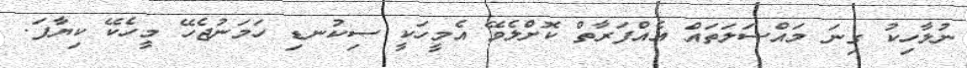
ނުލާހިކު ގިނަ މައްސަލަތައް އެއްފަރާތް ކޮށްލެވޭ އެމީހަކީ ސިކުނޑި ހަމަނުޖެހޭ މީހެކޭ ކިޔާފަ.